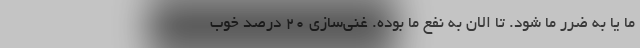
ما یا به ضرر ما شود. تا الان به نفع ما بوده. غنی‌سازی ۲۰ درصد خوب